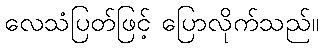
လေသံပြတ်ဖြင့် ပြောလိုက်သည်။